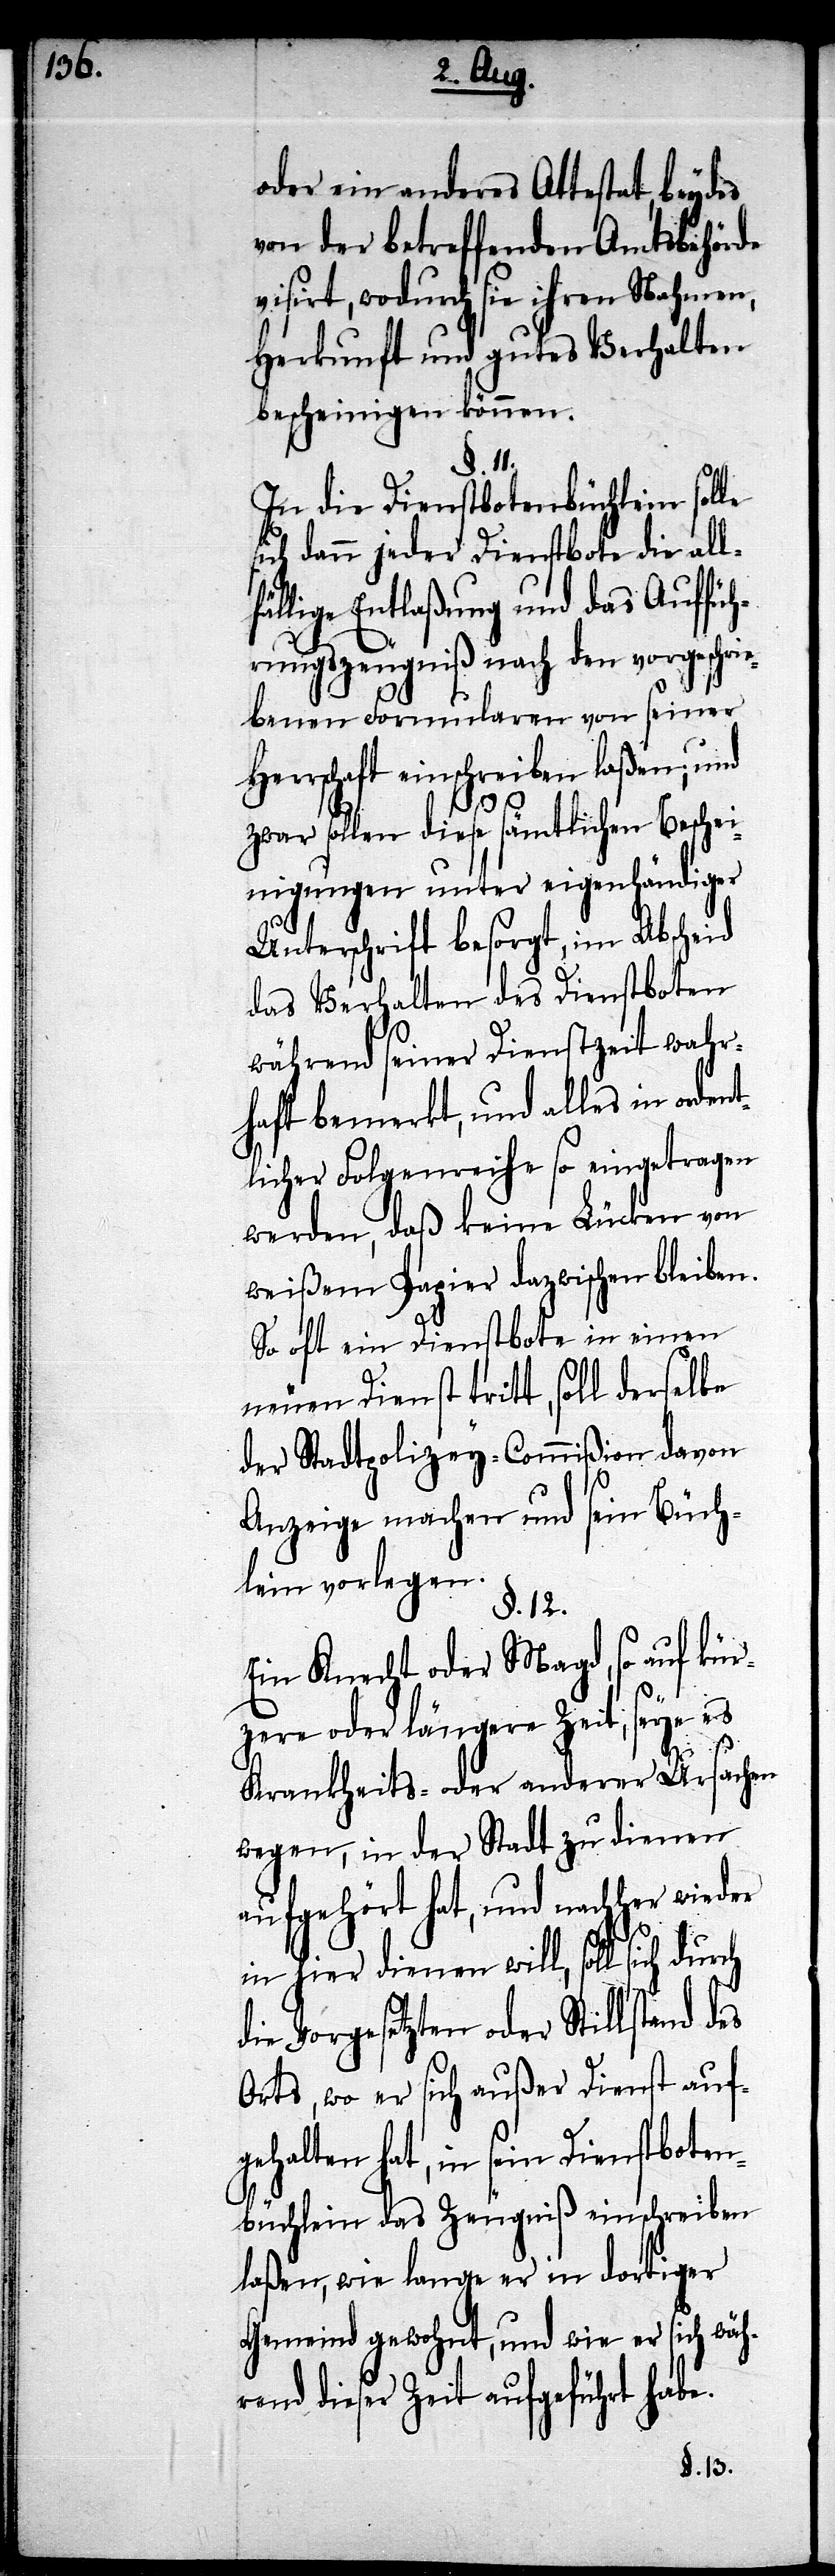
oder ein anderes Attestat, beydes
von der betreffenden Amtsbehörde
visirt, wodurch sie ihren Nahmen,
Herkunft und gutes Verhalten
bescheinigen können.
§. 11.
In die Dienstbotenbüchlein solle
sich dann jeder Dienstbote die allf¬
ällige Entlaßung und das Auffüh¬
rungszeugniß nach den vorgeschri¬
ebenen Formularen von seiner
Herrschaft einschreiben laßen; und
des
zwar sollen diese sämtlichen Beschei¬
nigungen unter eigenhändiger
Unterschrift besorgt, im Abscheid
das Verhalten des Dienstboten
während seiner Dienstzeit wahr¬
haft bemerkt, und alles in orden¬
tlicher Folgenreihe so eingetragen
werden, daß keine Lücken von
weißem Papier dazwischen bleiben.
So oft ein Dienstbote in einen
neuen Dienst tritt, soll derselbe
der Stadtpolizey-Commißion davon
Anzeige machen und sein Büch¬
lein vorlegen.
§. 12.
Ein Knecht oder Magd, so auf kür¬
zere oder längere Zeit, seye es
Krankheits- oder anderer Ursachen
wegen, in der Stadt zu dienen
in hier dienen will, soll sich durch
die Vorgesetzten oder Stillstand
Orts, wo er sich außer Dienst auf¬
gehalten hat, in sein Dienstboten¬
büchlein das Zeugniß einschreiben
laßen, wie lange er in dortiger
Gemeind gewohnt, und wie er sich wäh¬
rend dieser Zeit aufgeführt habe.